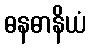
ဓနဓာနိယံ